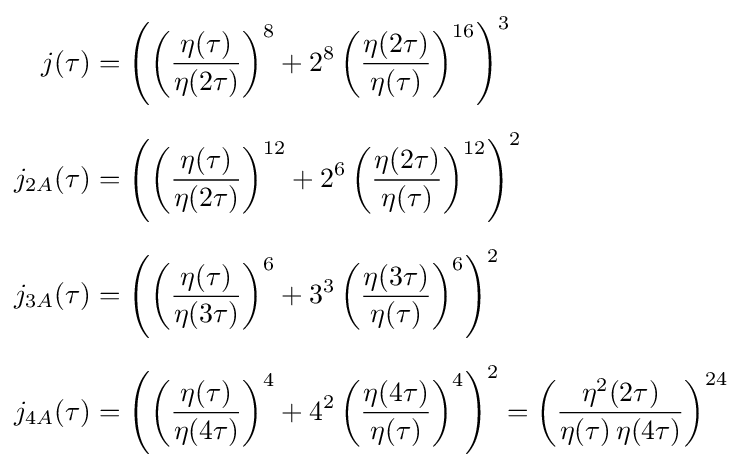
{\begin{aligned}j(\tau )&=\left(\left({\frac {\eta (\tau )}{\eta (2\tau )}}\right)^{8}+2^{8}\left({\frac {\eta (2\tau )}{\eta (\tau )}}\right)^{16}\right)^{3}\\[6pt]j_{2A}(\tau )&=\left(\left({\frac {\eta (\tau )}{\eta (2\tau )}}\right)^{12}+2^{6}\left({\frac {\eta (2\tau )}{\eta (\tau )}}\right)^{12}\right)^{2}\\[6pt]j_{3A}(\tau )&=\left(\left({\frac {\eta (\tau )}{\eta (3\tau )}}\right)^{6}+3^{3}\left({\frac {\eta (3\tau )}{\eta (\tau )}}\right)^{6}\right)^{2}\\[6pt]j_{4A}(\tau )&=\left(\left({\frac {\eta (\tau )}{\eta (4\tau )}}\right)^{4}+4^{2}\left({\frac {\eta (4\tau )}{\eta (\tau )}}\right)^{4}\right)^{2}=\left({\frac {\eta ^{2}(2\tau )}{\eta (\tau )\,\eta (4\tau )}}\right)^{24}\end{aligned}}